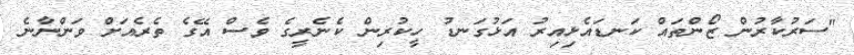
"ސަރުކާރުން ޒޯންތައް ކަނޑައެޅިއިރު އަޅުގަނޑު ހީކުރިން ކެނެރީގެ ވެސް އޭގެ ތެރެއަށް ވަންނާނެ